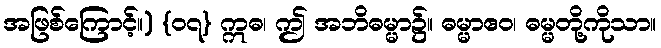
အဖြစ်ကြောင့်။) {၀၇} ဣဓ၊ ဤ အဘိဓမ္မာ၌။ ဓမ္မာဧဝ၊ ဓမ္မတို့ကိုသာ။